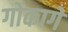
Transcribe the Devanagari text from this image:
गोकागे